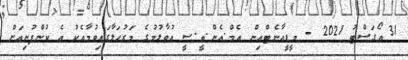
31 އޯގަސްޓު 2021 - މީޑީއާނެޓްއިން އެމް.އެން.ބީ.ސީ އުވާލުމުގެ މަރުޙަލާގައިވުމާއެކު އެ ކުންފުނިއަށް